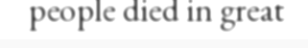
people died in great